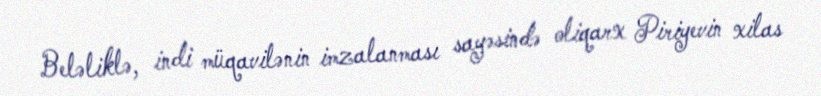
Beləliklə, indi müqavilənin imzalanması sayəsində oliqarx Piriyevin xilas